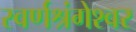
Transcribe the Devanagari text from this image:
स्वर्णश्रंगेश्वर